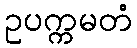
ဥပက္ကမတံ